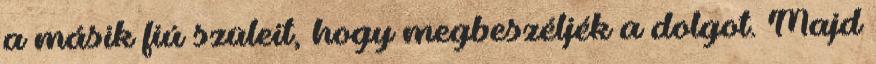
a másik fiú szüleit, hogy megbeszéljék a dolgot. Majd